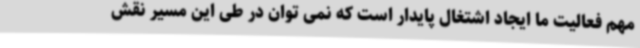
مهم فعالیت ما ایجاد اشتغال پایدار است که نمی توان در طی این مسیر نقش